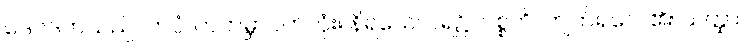
ဒေဝဒတ်သည်။ ကပ္ပံ၊ တကမ္ဘာပတ်လုံး။ နိရယေ၊ ငရဲ၌။ ပစ္စတိ၊ ကျက်ရလေ၏။ သတ္ထာ၊